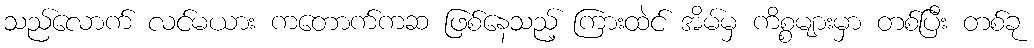
သည်လောက် လင်မယား ကတောက်ကဆ ဖြစ်နေသည့် ကြားထဲင် အိမ်မှ ကိစ္စများမှာ တစ်ပြီး တစ်ခု